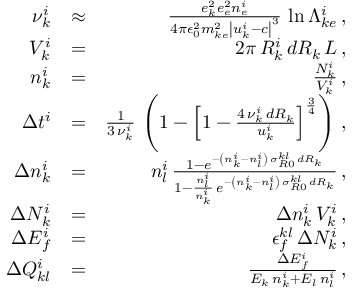
\begin{array} { r l r } { \nu _ { k } ^ { i } } & { \approx } & { \frac { e _ { k } ^ { 2 } e _ { e } ^ { 2 } n _ { e } ^ { i } } { 4 \pi \epsilon _ { 0 } ^ { 2 } m _ { k e } ^ { 2 } \left| u _ { k } ^ { i } - c \right| ^ { 3 } } \, \ln \Lambda _ { k e } ^ { i } \, , } \\ { V _ { k } ^ { i } } & { = } & { 2 \pi \, R _ { k } ^ { i } \, d R _ { k } \, L \, , } \\ { n _ { k } ^ { i } } & { = } & { \frac { N _ { k } ^ { i } } { V _ { k } ^ { i } } \, , } \\ { \Delta t ^ { i } } & { = } & { \frac { 1 } { 3 \, \nu _ { k } ^ { i } } \, \left( 1 - \left[ 1 - \frac { 4 \, \nu _ { k } ^ { i } \, d R _ { k } } { u _ { k } ^ { i } } \right] ^ { \frac { 3 } { 4 } } \right) \, , } \\ { \Delta n _ { k } ^ { i } } & { = } & { n _ { l } ^ { i } \, \frac { 1 - e ^ { - \left( n _ { k } ^ { i } - n _ { l } ^ { i } \right) \, \sigma _ { R 0 } ^ { k l } \, d R _ { k } } } { 1 - \frac { n _ { l } ^ { i } } { n _ { k } ^ { i } } \, e ^ { - \left( n _ { k } ^ { i } - n _ { l } ^ { i } \right) \, \sigma _ { R 0 } ^ { k l } \, d R _ { k } } } \, , } \\ { \Delta N _ { k } ^ { i } } & { = } & { \Delta n _ { k } ^ { i } \, V _ { k } ^ { i } \, , } \\ { \Delta E _ { f } ^ { i } } & { = } & { \epsilon _ { f } ^ { k l } \, \Delta N _ { k } ^ { i } \, , } \\ { \Delta Q _ { k l } ^ { i } } & { = } & { \frac { \Delta E _ { f } ^ { i } } { E _ { k } \, n _ { k } ^ { i } + E _ { l } \, n _ { l } ^ { i } } \, , } \end{array}